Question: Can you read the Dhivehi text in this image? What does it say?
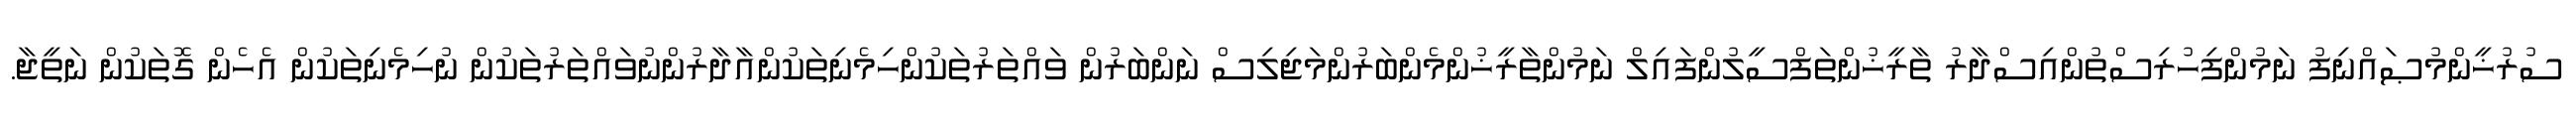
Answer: ސުރުޚީންމުޞައްނިފު ނަމުންފިހުރިސްތުންއިސްދާރު ތާރީޚުންތަފްސީލުންފައިލް ނަމުންތާރީޚުންމެންބަރުންމަޖިލިސް ނަންބަރުން ވައްތަރުތަކުންހިމެނިތަކުންއާދާރުންނުވައްތަރުތަކުން ނުހިމެނިތަކުން އެހެން ގޮތަކުން ނަތީޖާ.